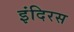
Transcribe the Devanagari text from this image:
इंदिरस